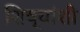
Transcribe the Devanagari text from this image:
शिष्यांशी